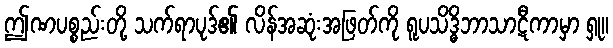
ဤဏပစ္စည်းတို့ သက်ရာပုဒ်၏ လိန်အဆုံးအဖြတ်ကို ရူပသိဒ္ဓိဘာသာဋီကာမှာ ရှု။